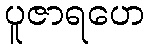
ပူဇာရဟေ